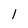
Character: 1